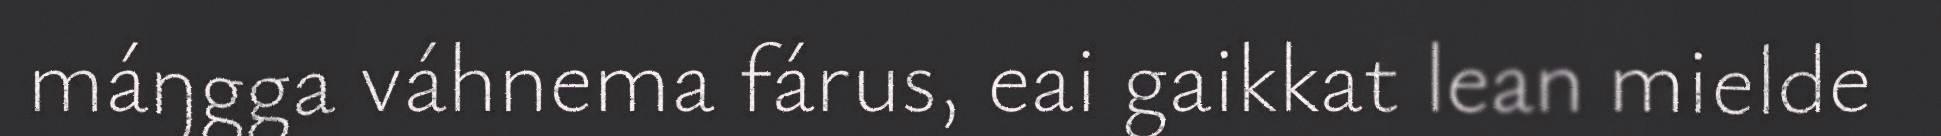
máŋgga váhnema fárus, eai gaikkat lean mielde